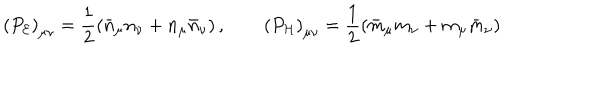
\left( P _ { \cal E } \right) _ { \mu \nu } = \frac { 1 } { 2 } \left( \bar { n } _ { \mu } n _ { \nu } + n _ { \mu } \bar { n } _ { \nu } \right) , \qquad \left( P _ { \cal H } \right) _ { \mu \nu } = \frac { 1 } { 2 } \left( \bar { m } _ { \mu } m _ { \nu } + m _ { \mu } \bar { m } _ { \nu } \right)